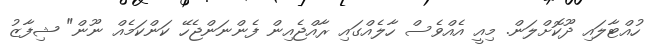
ހުއްޓާލައި ދޫކޮށްލަން. މިއީ އެއްވެސް ހާލެއްގައި ރާއްޖެއިން ފެންނަންޖެހޭ ކަންކަމެއް ނޫން" ޝިފާޒު